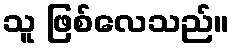
သူ ဖြစ်လေသည်။